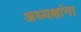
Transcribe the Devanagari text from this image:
अध्यक्षांना